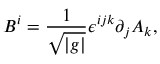
B ^ { i } = \frac { 1 } { \sqrt { | g | } } \epsilon ^ { i j k } \partial _ { j } A _ { k } ,